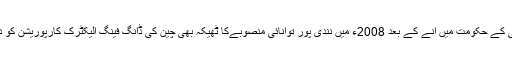
پیپلز پارٹی کے حکومت میں آنے کے بعد 2008ء میں نندی پور توانائی منصوبےکا ٹھیکہ بھی چین کی ڈانگ فینگ الیکٹرک کارپوریشن کو دےدیا گیا۔